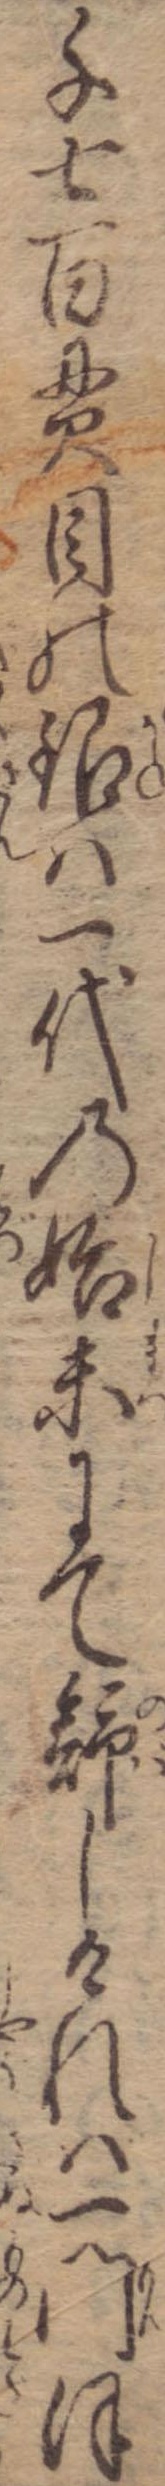
千七百貫目の銀は一代の始末にて舒しければ一門ほ